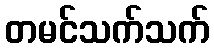
တမင်သက်သက်